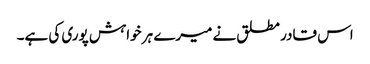
اس قادر مطلق نے میرے ہر خواہش پوری کی ہے۔